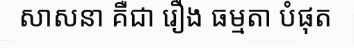
សាសនា គឺជា រឿង ធម្មតា បំផុត